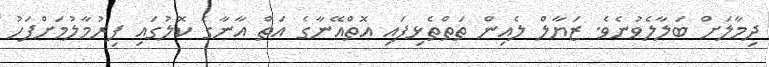
ދިމާލަށް ބަލާލެވުނެވެ. ޒަޔާލް ލެއިން ތަތްތެޅިފައި އޮތްއޭނާގެ އަތް އާނާގެ ކޮލުގައި ފިރުމާލުމަށްފަހު